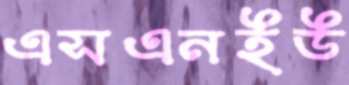
এসএনইউ